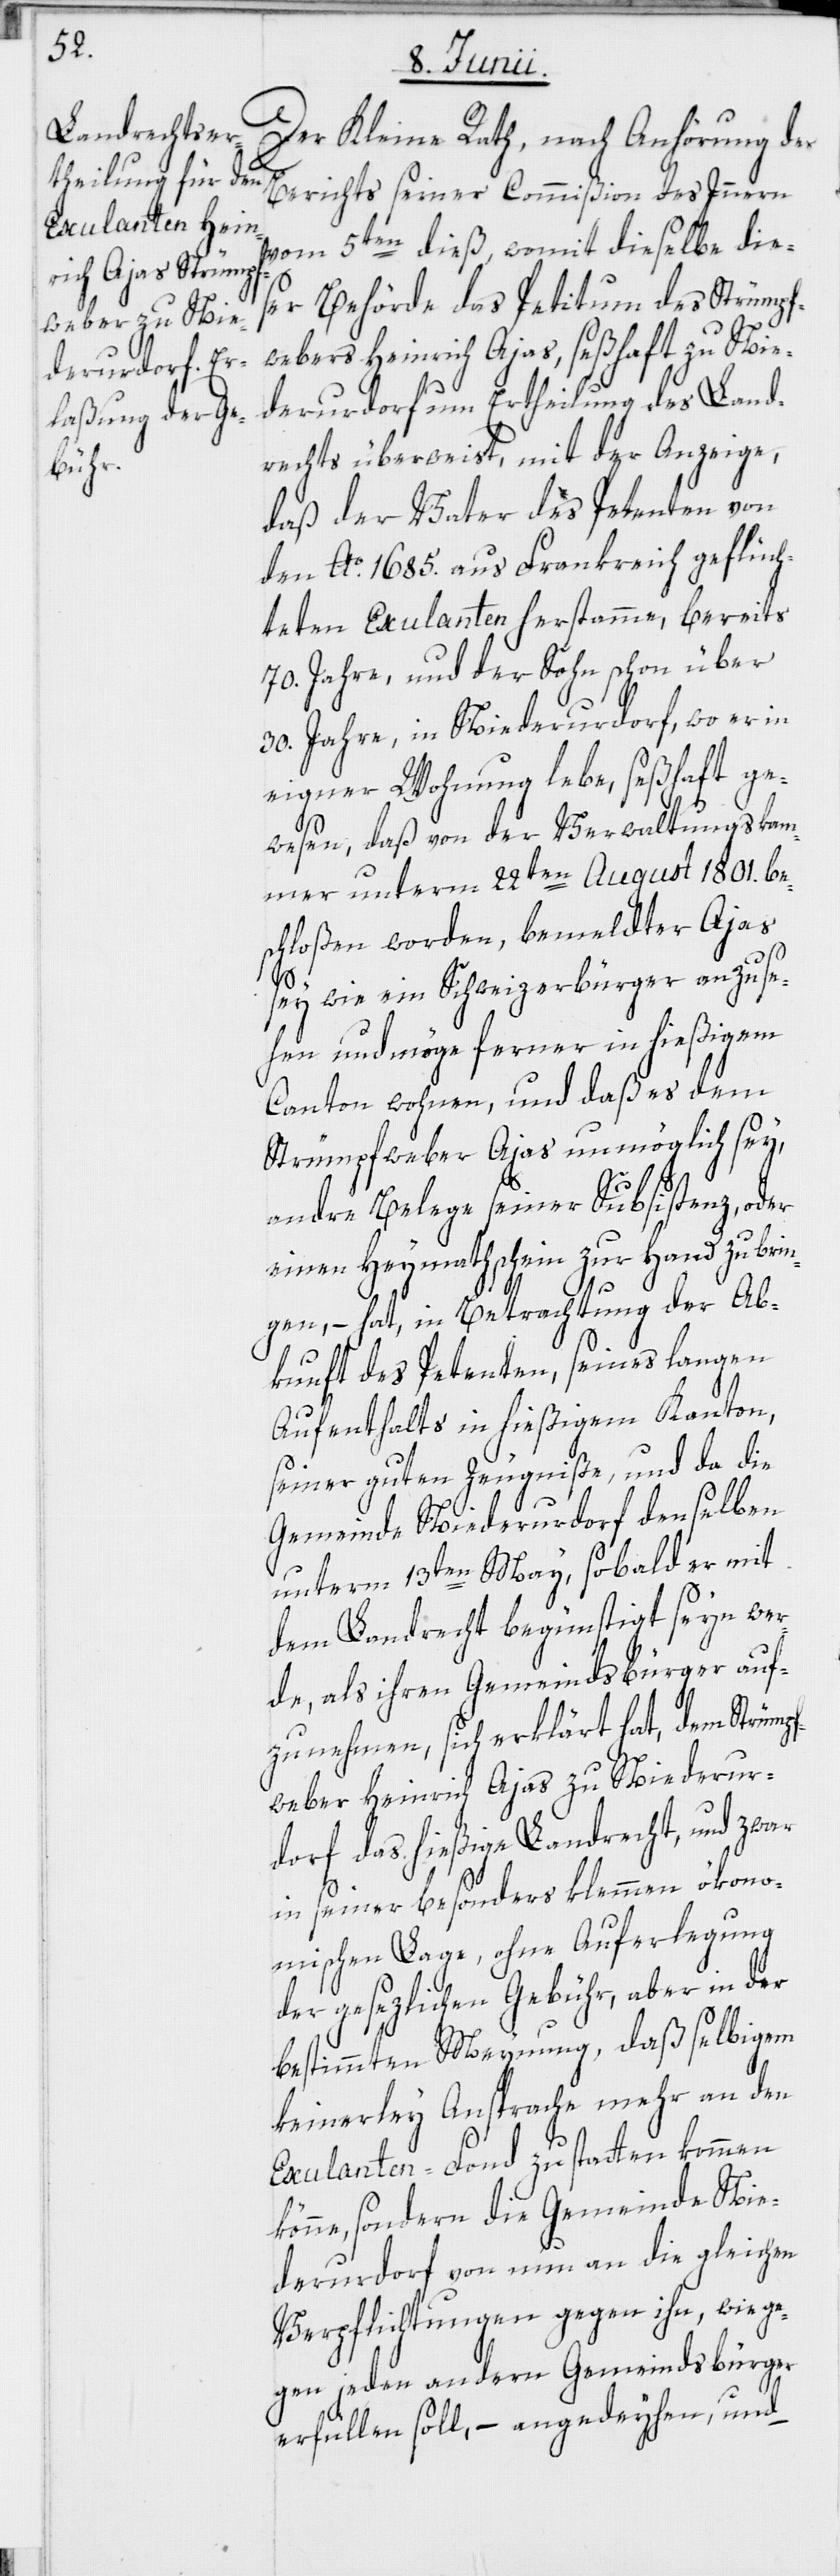
Der Kleine Rath, nach Anhörung des
Berichts seiner Commißion des Innern
vom 5ten dieß, womit dieselbe die¬
ser Behörde das Petitum des Strümpf¬
webers Heinrich Ajas, seßhaft zu Nie¬
derurdorf um Ertheilung des Land¬
rechts überweist, mit der Anzeige,
daß der Vater des Petenten von
den Ao. 1685. aus Frankreich geflüch¬
teten Exulanten herstamme, bereits
70. Jahre, und der Sohn schon über
30. Jahre, in Niederurdorf, wo er in
eigner Wohnung lebe, seßhaft ge¬
wesen, daß von der Verwaltungskam¬
mer unterm 22ten August 1801. be¬
schloßen worden, bemeldter Ajas
sey wie ein Schweizerbürger anzuse¬
hen und möge ferner in hießigem
Canton wohnen, und daß es dem
Strümpfweber Ajas unmöglich sey,
andre Belege seiner Subsistenz, oder
einen Heymathschein zur Hand zu brin¬
gen, – hat, in Betrachtung der Ab¬
kunft des Petenten, seines langen
Aufenthalts in hießigem Kanton,
seiner guten Zeugniße, und da die
Gemeinde Niederurdorf denselben
unterm 13ten May, sobald er mit
dem Landrecht begünstigt seyn wer¬
de, als ihren Gemeindsbürger auf¬
zunehmen, sich erklärt hat, dem Strümpf¬
weber Heinrich Ajas zu Niederur¬
dorf das hießige Landrecht, und zwar
in seiner besonders klemmen ökono¬
mischen Lage, ohne Auferlegung
der gesezlichen Gebühr, aber in der
bestimmten Meynung, daß selbigem
keinerley Ansprache mehr an den
Exulanten-Fond zu statten kommen
könne, sondern die Gemeinde Nie¬
derurdorf von nun an die gleichen
Verpflichtungen gegen ihn, wie ge¬
gen jeden andern Gemeindsbürger
erfüllen soll, – angedeyhen, und